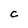
Character: C